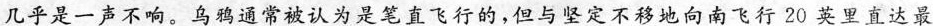
几乎是一声不响。乌鸦通常被认为是笔直飞行的，但与坚定不移地向南飞行20英里直达最